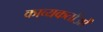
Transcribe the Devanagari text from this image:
काव्यकर्ताओं